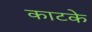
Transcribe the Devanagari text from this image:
काटके